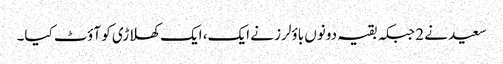
سعید نے 2 جبکہ بقیہ دونوں باؤلرز نے ایک، ایک کھلاڑی کو آؤٹ کیا۔